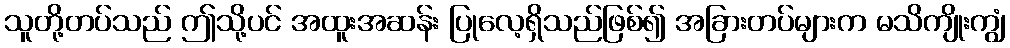
သူတို့တပ်သည် ဤသို့ပင် အထူးအဆန်း ပြုလေ့ရှိသည်ဖြစ်၍ အခြားတပ်များက မသိကျိုးကျွံ